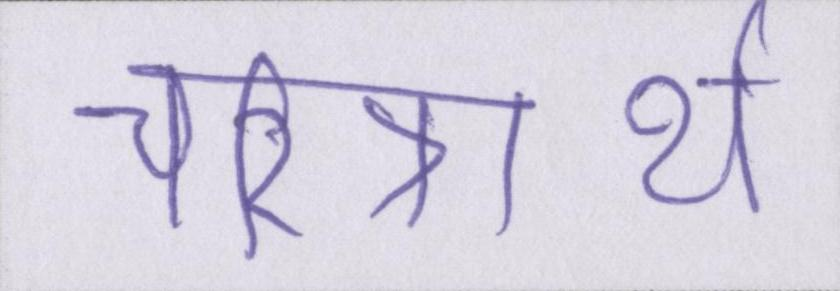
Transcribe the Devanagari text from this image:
चरित्रार्थ